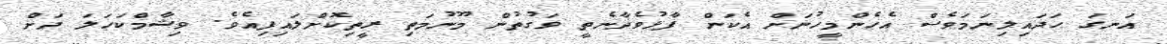
އަނގަ ހަދައިލިނަމަވެސް އެހެންމީހުނަށް އެކަން ފާޅުވެދާނެތީ ވަގުތުން މޫނުމަތި ރީތިކޮށްލައިފިއެވެ. ވިޝާމްކަހަލަ ދަށް